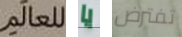
للعالم يا تفترض